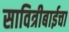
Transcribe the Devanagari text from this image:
सावित्रीबाईचा